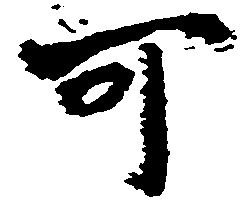
可